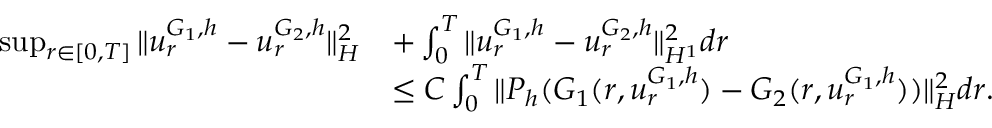
\begin{array} { r l } { \operatorname* { s u p } _ { r \in [ 0 , T ] } \| u _ { r } ^ { G _ { 1 } , h } - u _ { r } ^ { G _ { 2 } , h } \| _ { H } ^ { 2 } } & { + \int _ { 0 } ^ { T } \| u _ { r } ^ { G _ { 1 } , h } - u _ { r } ^ { G _ { 2 } , h } \| _ { H ^ { 1 } } ^ { 2 } d r } \\ & { \leq C \int _ { 0 } ^ { T } \| P _ { h } ( G _ { 1 } ( r , u _ { r } ^ { G _ { 1 } , h } ) - G _ { 2 } ( r , u _ { r } ^ { G _ { 1 } , h } ) ) \| _ { H } ^ { 2 } d r . } \end{array}